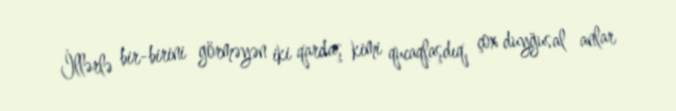
İllərlə bir-birini görməyən iki qardaş kimi qucaqlaşdıq, çox duyğusal anlar